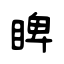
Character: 睥